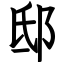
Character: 邸